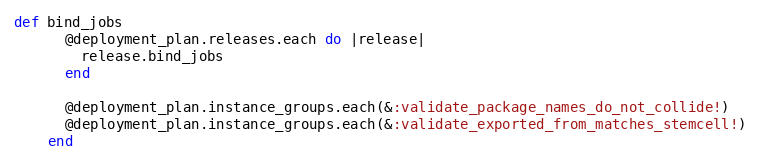
Language: Ruby
def bind_jobs
      @deployment_plan.releases.each do |release|
        release.bind_jobs
      end

      @deployment_plan.instance_groups.each(&:validate_package_names_do_not_collide!)
      @deployment_plan.instance_groups.each(&:validate_exported_from_matches_stemcell!)
    end